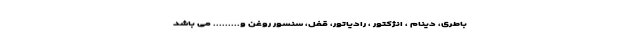
باطری، دینام ، انژکتور ، رادیاتور، قفل، سنسور روغن و......... می باشد